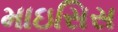
માઇસિસ